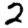
Digit: 2